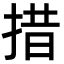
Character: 措